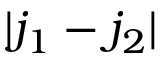
| j _ { 1 } - j _ { 2 } |